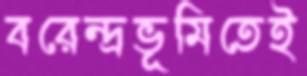
বরেন্দ্রভূমিতেই